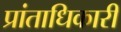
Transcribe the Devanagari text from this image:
प्रांताधिकारी